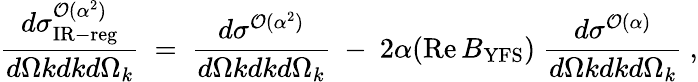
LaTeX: {\frac{d\sigma_{\mathrm{IR-reg}}^{{\cal O}(\alpha^{2})}}{d\Omega kdkd\Omega_{k}}}\ =\ {\frac{d\sigma^{{\cal O}(\alpha^{2})}}{d\Omega kdkd\Omega_{k}}}\ -\ 2\alpha(\mathop{\mathrm{Re}}{B}_{\mathrm{YFS}})\; {\frac{d\sigma^{{\cal O}(\alpha)}}{d\Omega kdkd\Omega_{k}}}\ ,